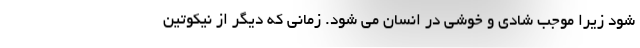
شود زیرا موجب شادی و خوشی در انسان می شود. زمانی که دیگر از نیکوتین